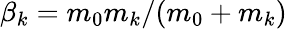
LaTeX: \beta_{k}=m_{0}m_{k}/(m_{0}+m_{k})